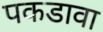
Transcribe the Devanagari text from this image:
पकडावा